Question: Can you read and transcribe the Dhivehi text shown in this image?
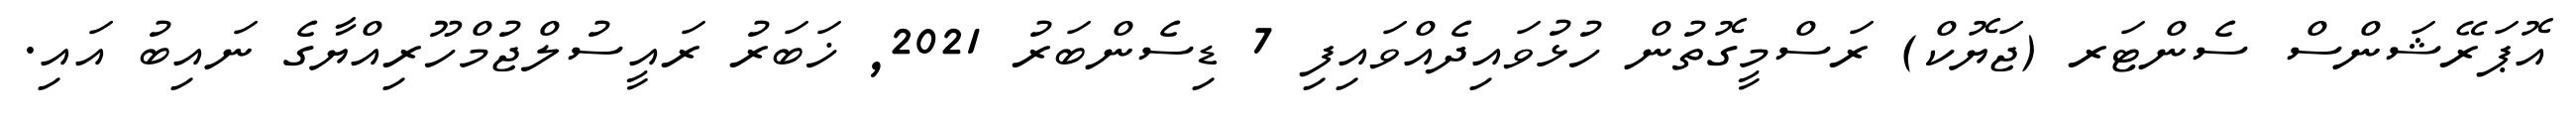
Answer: އޮޕަރޭޝަންސް ސެންޓަރ (ޖަޔޮކް) ރަސްމީގޮތުން ހުޅުވައިދެއްވައިފި 7 ޑިސެންބަރު 2021, ޚަބަރު ރައީސުލްޖުމްހޫރިއްޔާގެ ނައިބު އައި.